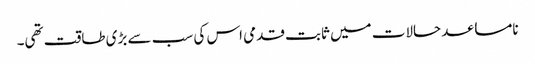
نامساعد حالات میں ثابت قدمی اس کی سب سے بڑی طاقت تھی۔